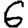
Digit: 6